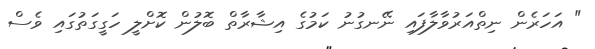
" އަހަރެން ނިތްއަރުވާލާފައި ނޭނގުނު ކަމުގެ އިޝާރާތް ބޮލުން ކޮށްލީ ހަގީގަތުގައި ވެސް